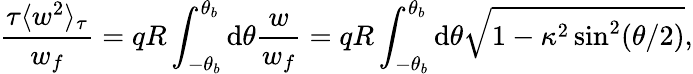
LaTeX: \frac{\tau\langle w^{2}\rangle_{\tau}}{w_{f}}=qR\int_{-\theta_{b}}^{\theta_{b}}\mathrm{d}\theta\frac{w}{w_{f}}=qR\int_{-\theta_{b}}^{\theta_{b}}\mathrm{d}\theta\sqrt{1-\kappa^{2}\sin^{2}(\theta/2)},